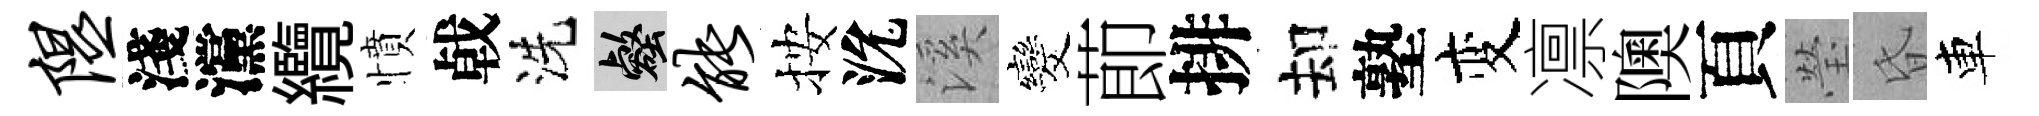
隰淺灙纜憤㦸洗壑能按沇溪发莭排却塾变凛隩頁瑩昏車